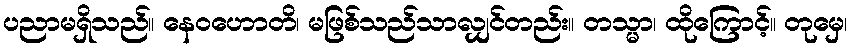
ပညာမရှိသည်။ နေဝဟောတိ၊ မဖြစ်သည်သာလျှင်တည်း။ တသ္မာ၊ ထိုကြောင့်။ တုမှေ၊